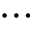
\cdots